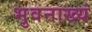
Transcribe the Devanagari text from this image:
भुवनाख्यं